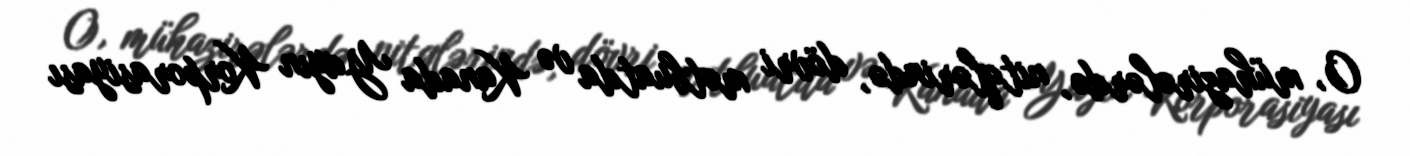
O, mühazirələrdə, nitqlərində, dövri mətbuatda və Kanada Yayın Korporasiyası